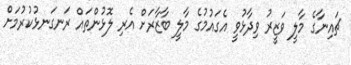
ޗައިނާގެ މާލީ ވަޒީރު ވިދާޅުވީ އެގައުމުގެ މާލީ ބާޒާރަށް އެރި ލޮޅުންތައް ރަނގަނޅުކުރުމަށް